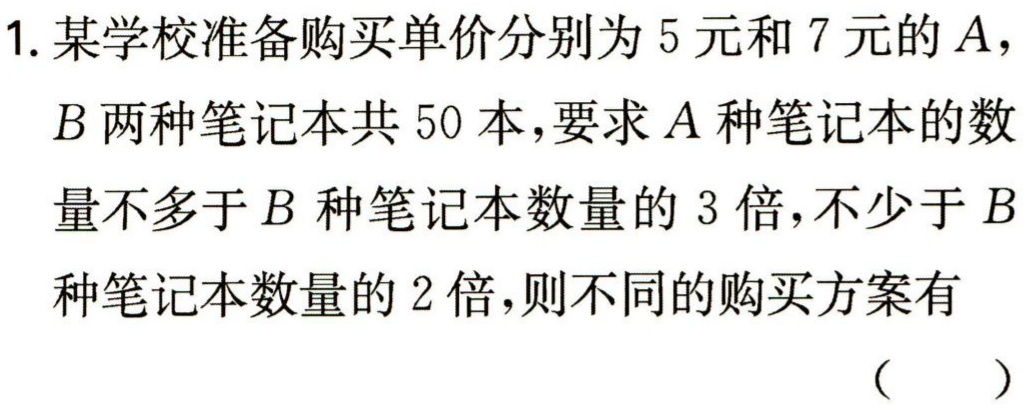
1. 某学校准备购买单价分别为 5 元和 7 元的\(A\)，\(B\)两种笔记本共 50 本，要求\(A\)种笔记本的数量不多于\(B\)种笔记本数量的 3 倍，不少于\(B\)种笔记本数量的 2 倍，则不同的购买方案有 （  ）